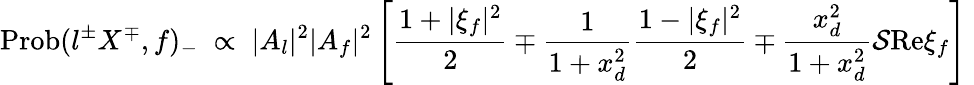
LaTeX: \mathrm{Prob}(l^{\pm}X^{\mp},f)_{-}\; \propto\; |A_{l}|^{2}|A_{f}|^{2}\left[\frac{1+|\xi_{f}|^{2}}{2}\mp\frac{1}{1+x_{d}^{2}}\frac{1-|\xi_{f}|^{2}}{2}\mp\frac{x_{d}^{2}}{1+x_{d}^{2}}{\cal S}\mathrm{Re}\xi_{f}\right]\;